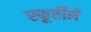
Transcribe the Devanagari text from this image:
स्फूर्तीने